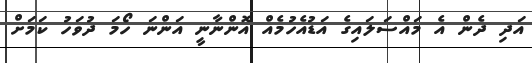
އަދި ދެން އެ މައްސަލައިގެ އަޑުއެހުމެއް އޮންނާނީ އަންނަ ހޯމަ ދުވަހު ކަމަށް